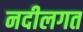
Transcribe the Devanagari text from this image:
नदीलगत